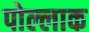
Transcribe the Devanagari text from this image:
पोल्लाक